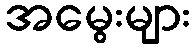
အမွေးများ